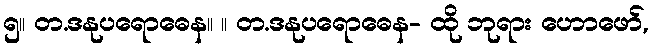
၅။ တ.ဒနုပရောဓေန။ ။ တ.ဒနုပရောဓေန- ထို ဘုရား ဟောဖော်,